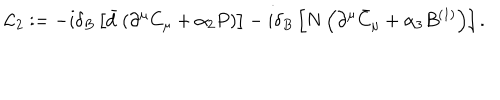
{ \cal L } _ { 2 } : = - i \delta _ { B } \left[ \bar { d } \left( \partial ^ { \mu } C _ { \mu } + \alpha _ { 2 } P \right) \right] - i \delta _ { B } \left[ N \left( \partial ^ { \mu } \bar { C } _ { \mu } + \alpha _ { 3 } B ^ { ( 1 ) } \right) \right] .